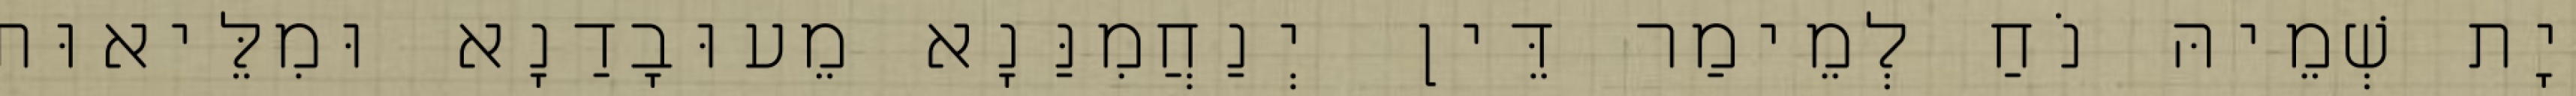
יָת שְׁמֵיהּ נֹחַ לְמֵימַר דֵּין יְנַחֲמִנַּנָא מֵעוּבָדַנָא וּמִלֵּיאוּת